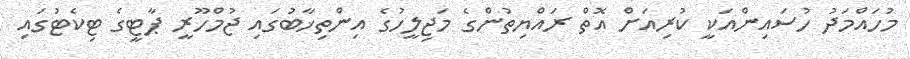
މުހައްމަދު ހުސައިންއަކީ ކުރިއަށް އޮތް ރައްޔިތުންގެ މަޖިލީހުގެ އިންތިޚާބުގައި ޖުމްހޫރީ ޕާޓީގެ ޓިކެޓުގައި